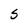
Character: S